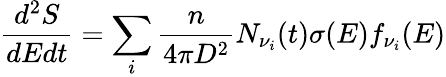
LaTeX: \frac{d^{2}S}{dEdt}=\sum_{i}\frac{n}{4\pi D^{2}}N_{\nu_{i}}(t)\sigma(E)f_{\nu_{i}}(E)